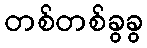
တစ်တစ်ခွခွ